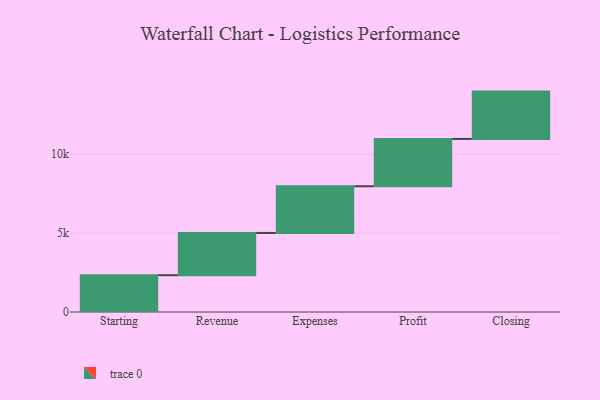
{"axis": {"x": "Step", "y": "Value"}, "legend": [""], "data": [{"x": "Starting", "y": 2332.0, "type": ""}, {"x": "Revenue", "y": 2679.0, "type": ""}, {"x": "Expenses", "y": 2960.0, "type": ""}, {"x": "Profit", "y": 3000, "type": ""}, {"x": "Closing", "y": 3000, "type": ""}]}